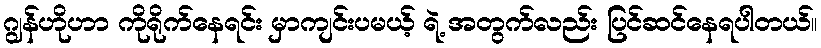
ဂျွန်ဟိုဟာ ကိုရိုက်နေရင်း မှာကျင်းပမယ့် ရဲ့ အတွက်လည်း ပြင်ဆင်နေရပါတယ်။